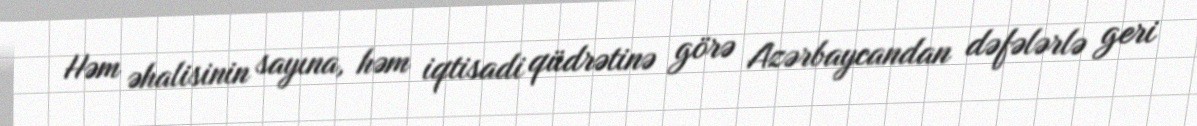
Həm əhalisinin sayına, həm iqtisadi qüdrətinə görə Azərbaycandan dəfələrlə geri